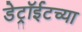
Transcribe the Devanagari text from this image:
डेट्रॉईटच्या